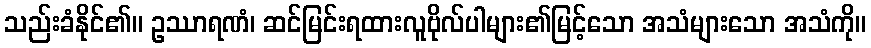
သည်းခံနိုင်၏။ ဥဿာရဏံ၊ ဆင်မြင်းရထားလူဗိုလ်ပါများ၏မြင့်သော အသံများသော အသံကို။